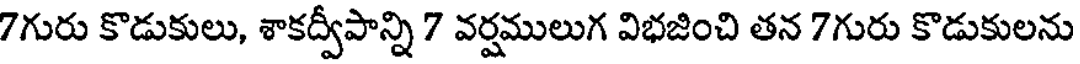
7గురు కొడుకులు, శాకద్వీపాన్ని 7 వర్షములుగ విభజించి తన 7గురు కొడుకులను